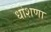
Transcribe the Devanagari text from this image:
धोशणा